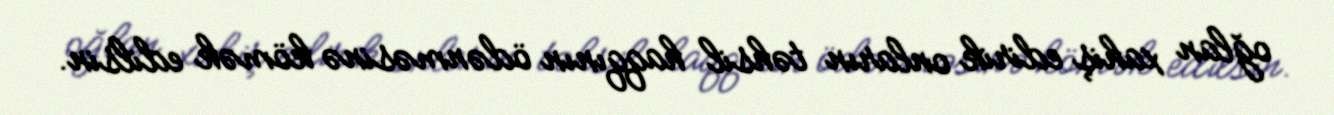
oğlan xahiş edirik onların təhsil haqqının ödənməsinə kömək edilsin.